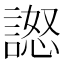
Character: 𧪅